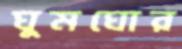
ঘুমঘোর